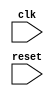
module clk_sensitivity (
    input wire clk,
    input wire reset,
    // other input signals here
    // other output signals here
);

// Declare registers or variables here

always @ (posedge clk, negedge clk)
begin
    // Logic to be executed on positive and negative clock edges
    // for example:
    if (reset)
    begin
        // Reset logic here
    end
    else
    begin
        // Synchronous logic here
    end
end

endmodule